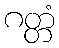
ဂတ္တံ